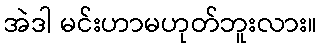
အဲဒါ မင်းဟာမဟုတ်ဘူးလား။